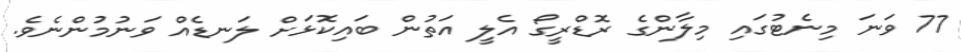
77 ވަނަ މިނެޓުގައި މިލާންގެ ރޮޑްރީގޯ އެލީ އަތުން ބައިކޮޅަށް ލަނޑެއް ވަނުމުންނެވެ.